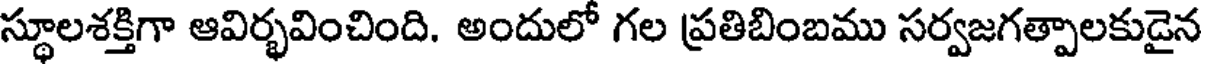
స్థూలశక్తిగా ఆవిర్భవించింది. అందులో గల ప్రతిబింబము సర్వజగత్పాలకుడైన